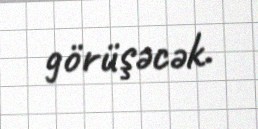
görüşəcək.